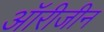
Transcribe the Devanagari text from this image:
ऑरीजीन